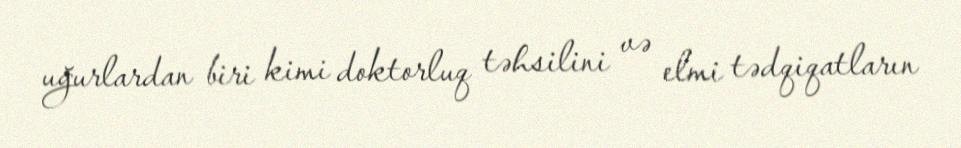
uğurlardan biri kimi doktorluq təhsilini və elmi tədqiqatların